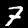
Digit: 7